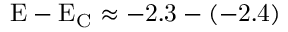
\mathrm { E - E _ { C } \approx - 2 . 3 - ( - 2 . 4 ) }